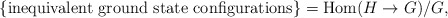
\begin{align*}\{ \mbox{inequivalent ground state configurations} \} = \textrm{Hom} (H \rightarrow G)/G,\end{align*}